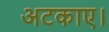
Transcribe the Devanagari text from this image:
अटकाए।